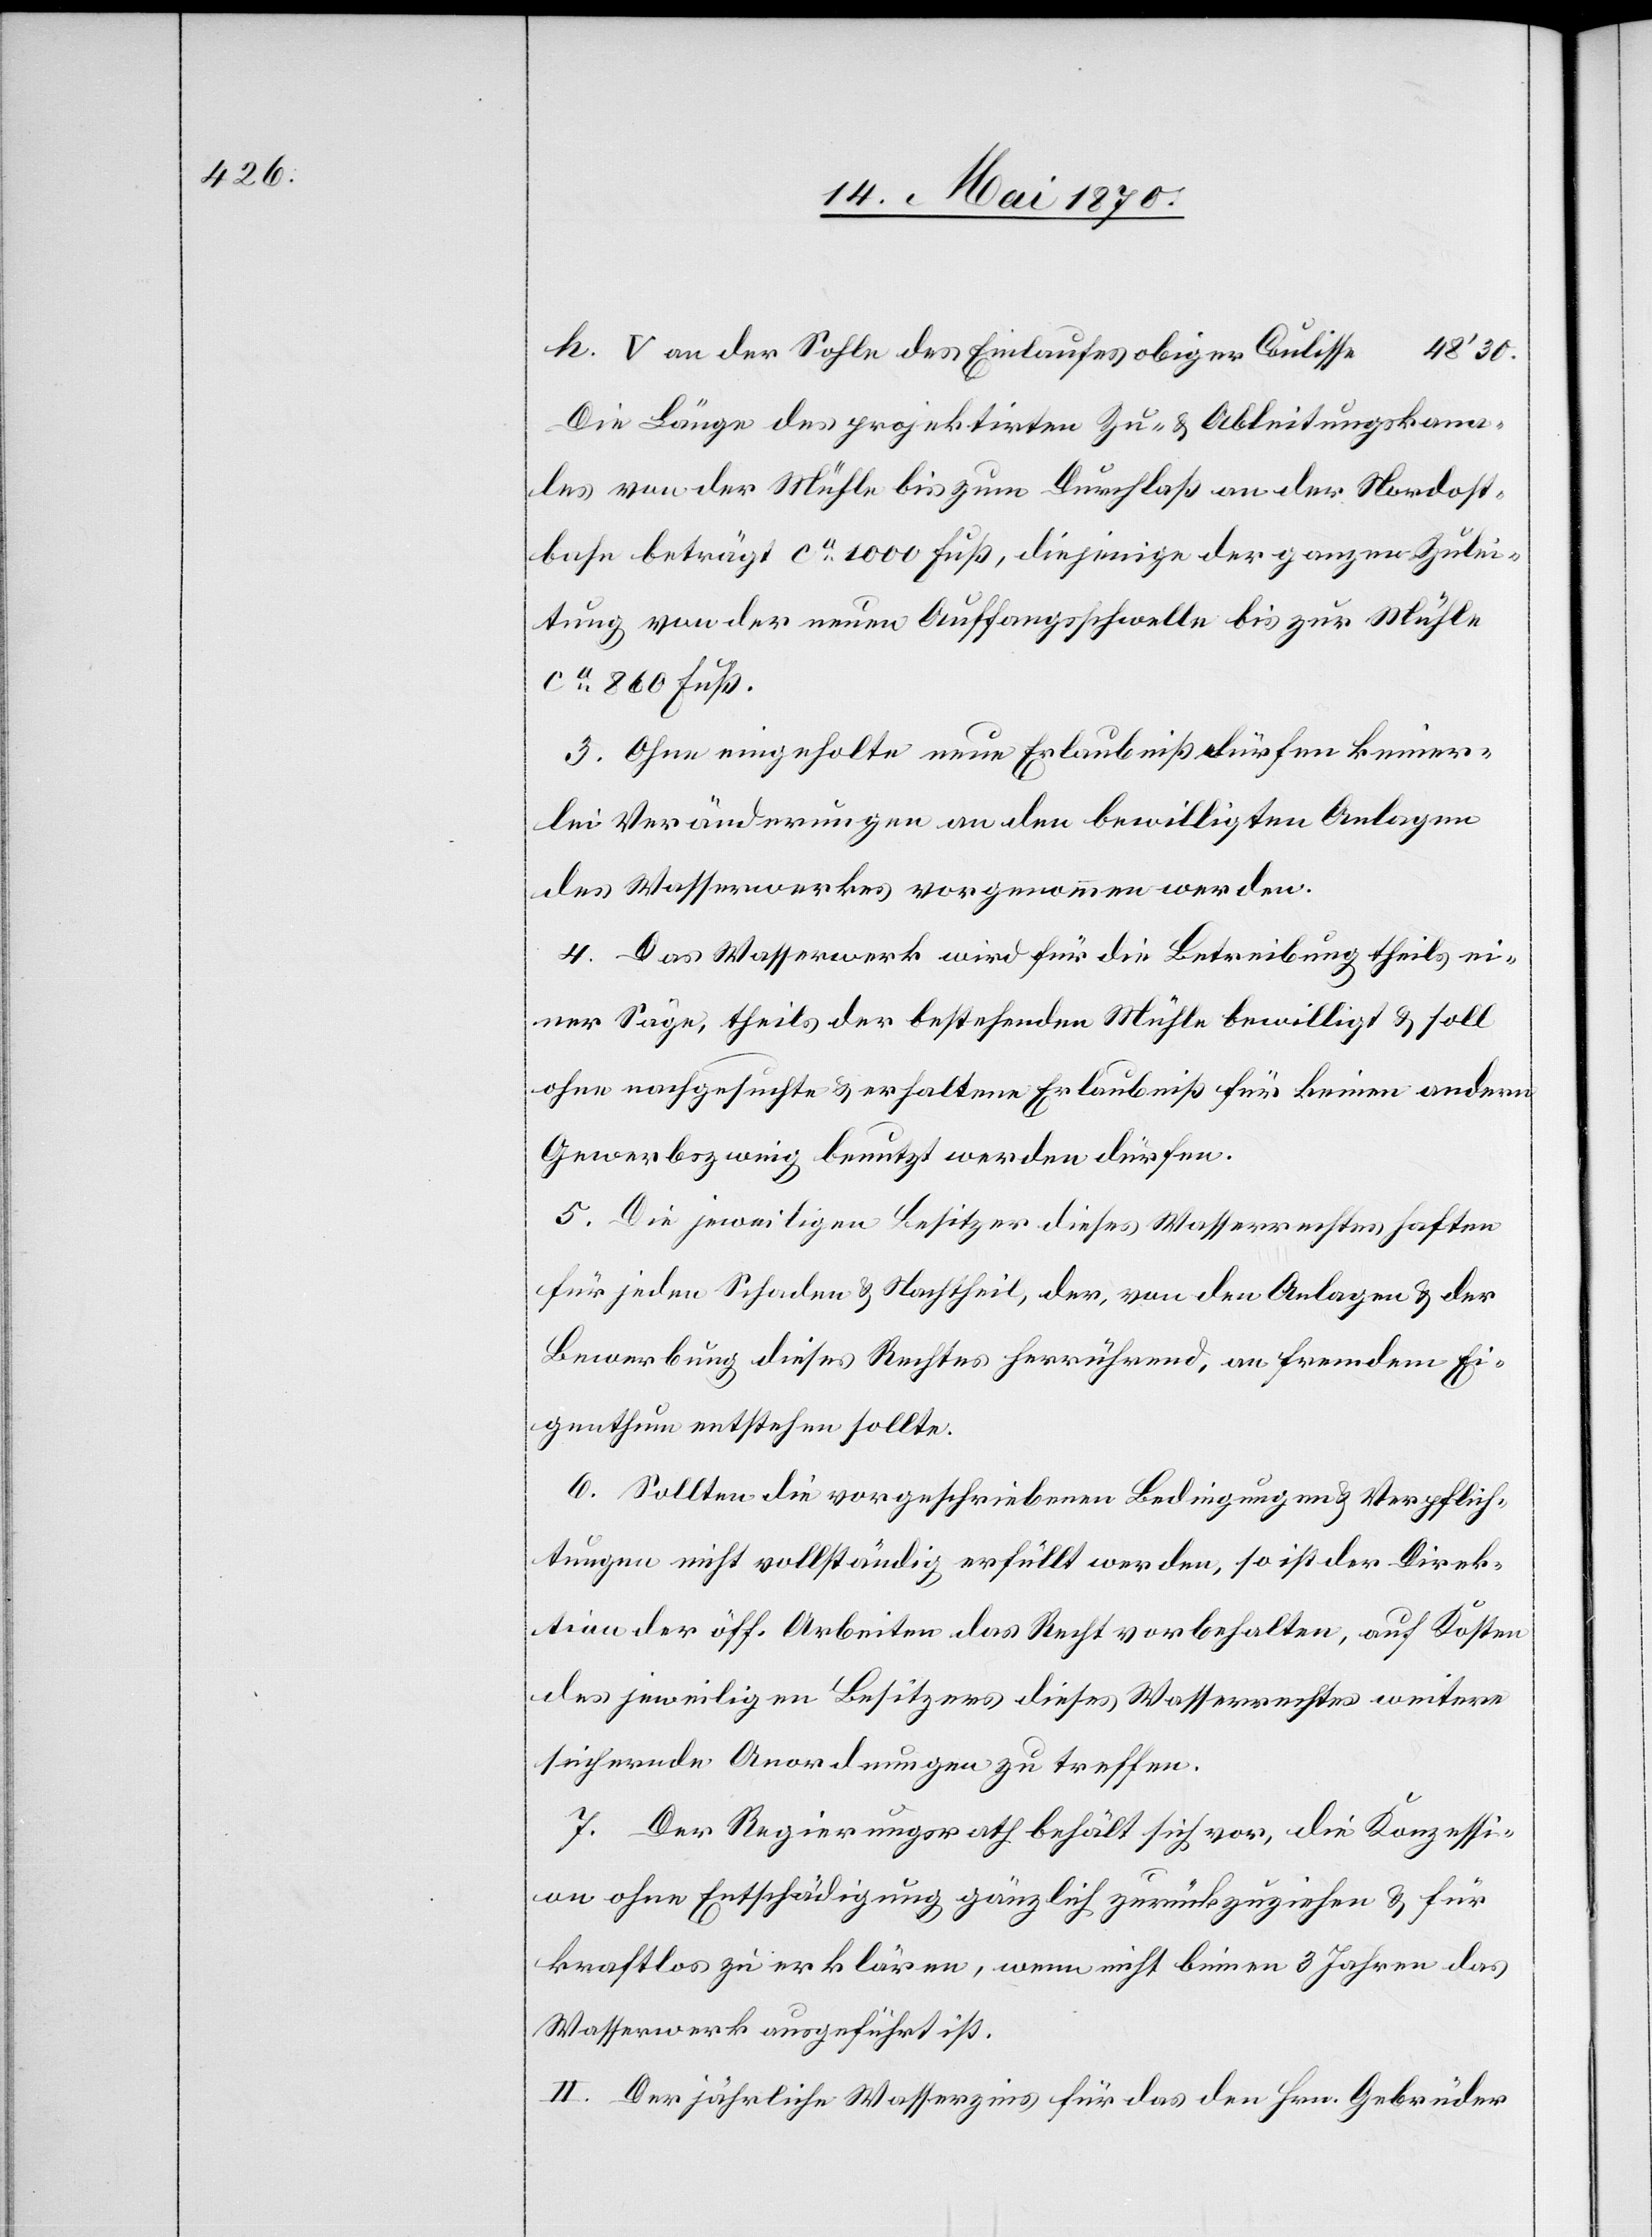
V an der Sohle des Einlaufes obiger Coulisse
48’30.
Die Länge des projektirten Zu- & Ableitungskana¬
les von der Mühle bis zum Durchlaß an der Nordost¬
bahn beträgt ca 1000 Fuß, diejenige der ganzen Zulei¬
tung von der neuen Auffangsschwelle bis zur Mühle
ca 860 Fuß.
3. Ohne eingeholte neue Erlaubniß dürfen keiner¬
lei Veränderungen an den bewilligten Anlagen
des Wasserwerkes vorgenommen werden.
4. Das Wasserwerk wird für die Betreibung theils ei¬
ner Säge, theils der bestehenden Mühle bewilligt & soll
ohne nachgesuchte & erhaltene Erlaubniß für keinen andern
Gewerbszweig benutzt werden dürfen.
5. Die jeweiligen Besitzer dieses Wasserrechtes haften
für jeden Schaden & Nachtheil, der, von den Anlagen & der
Bewerbung dieses Rechtes herrührend, an fremdem Ei¬
genthum entstehen sollte.
6. Sollten die vorgeschriebenen Bedingungen & Verpflich¬
tungen nicht vollständig erfüllt werden, so ist der Direk¬
tion der öff. Arbeiten das Recht vorbehalten, auf Kosten
des jeweiligen Besitzers dieses Wasserrechtes weitere
sichernde Anordnungen zu treffen.
7. Der Regierungsrath behält sich vor, die Konzessi¬
on ohne Entschädigung gänzlich zurückzuziehen & für
kraftlos zu erklären, wenn nicht binnen 3 Jahren das
Wasserwerk ausgeführt ist.
II. Der jährliche Wasserzins für das den Hrn. Gebrüder